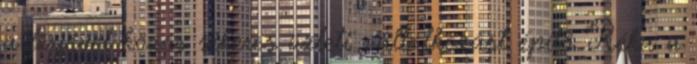
a férjével közös sikeres üzleti vállalkozást építő Réka a